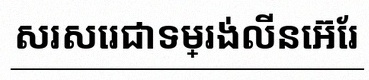
សរសេរជាទម្រង់លីនេអ៊ែរ